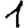
Digit: 1